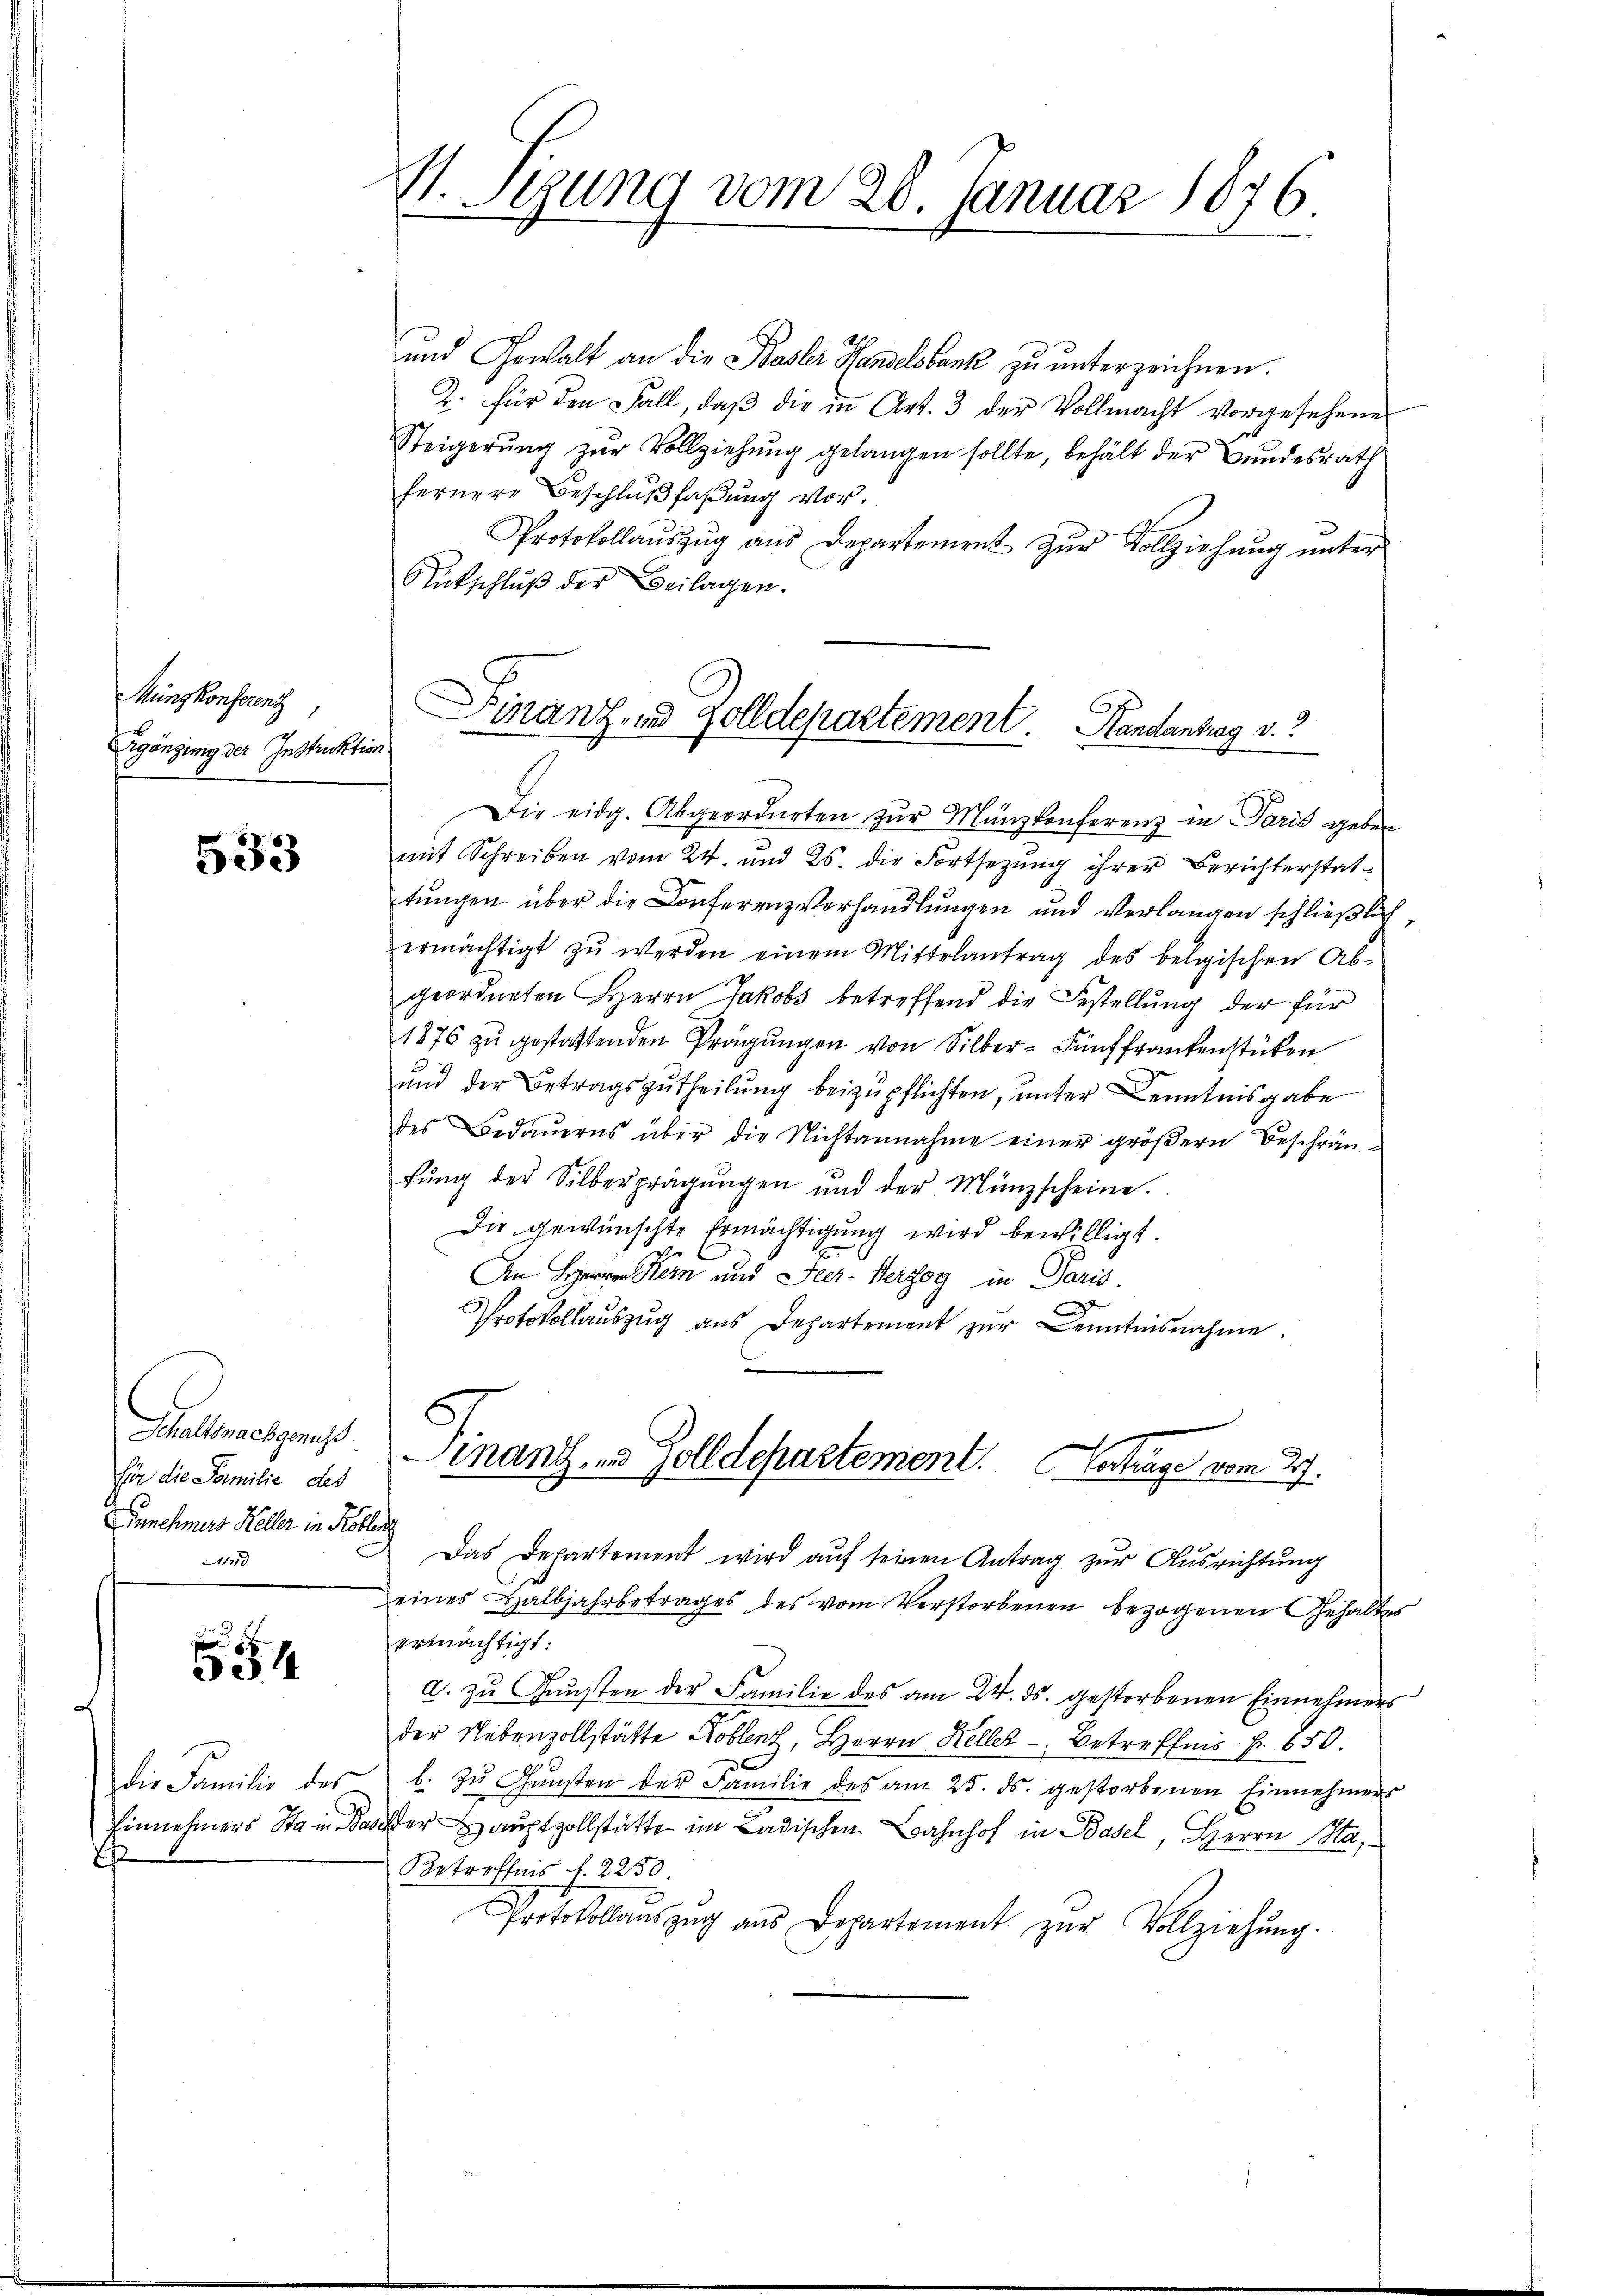
Münzkonferentz
Ergänzung der Instruktion

533

Schalenachgemess
für die Familie des
Einnehmers Keller in Probl
1173

554

die Familie des
Einnehmers Stain

W. Stung vom 28. Januar 1876.

und Gewalt an die Basler Handelsbank zu unterzeichnen.
2. für den Fall, daß die in Art. 3 der Vollmacht vorgesehene
Steigerŭng zŭr Vollziehŭng gelangen sollte, behält der Bŭndesrath
fernere Beschlŭβ faßung vor.
Protokollaŭszŭg aŭs Departement zŭr Vollziehŭng ŭnter
Sütschlŭβ der Beilagen.

Finanz- und Zolldepartement. Handantrag v.

h
Die eidg. Abgeordneten zur Manzkonferenz in Paris geben
mit Schreiben vom 24. und 26. die Fortsezung ihrer Berichterstattŭngen über die Conferenzverhandlŭngen und verlangen schlieβlich,
ermächtigt zŭ werden einem Mittelantrag des belgischen Ab-
geordneten Herrn Jakobs betreffend die Bestellung der für
1876 zu gestattenden Prägungen von Silber-Fünffrankenstücken
und der Betragszutheilung beizupflichten, unter Kenntnisgabe
des Bedauerns über die Nichtannahme einer größern Beschrän-
fŭng der Silberprägŭngen und der Münzscheine.
Die gewünschte Ermächtigung wird bewilligt.
t
An Herren Kern und Feer- Herzog in Paris.
Protokollaŭszŭg aŭs Departement zŭr Kenntnisnahme.
Manz, in Zolldepartement. Antrage vom 27.
Das Departement wird auf seinen Antrag zur Ausrichtung
eines Halbjahrbetrages des vom Verstorbenen bezogenen Gehaltes
ermächtigt:
a. zŭ Gŭnsten der Familie des am 24. ds. gestorbenen Einnehmers
der Nebenzollstätte Koblenz, Herrn Keller - Betreffnis Fr. 650.
b. zŭ Gŭnsten der Familie des am 25. ds. gestorbenen Einnehmers
Der Hauptzollstatte im Ladischen Bahnhof in Basel, Herrn Ma
Betreffnis f. 2250.
Protokollaŭszŭg ans Departement zŭr Vollziehŭng.